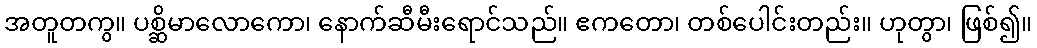
အတူတကွ။ ပစ္ဆိမာလောကော၊ နောက်ဆီမီးရောင်သည်။ ဧကတော၊ တစ်ပေါင်းတည်း။ ဟုတွာ၊ ဖြစ်၍။